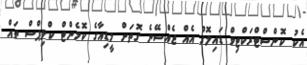
އެކު ކޮންސްޓްރަކްޓިވް ޑައިލޮގް އެއް ޖެއްސޭނެ ގޮތަށް މީޑިއާގެ ކޮމެންޓް ކްލިޕްސް ތައް